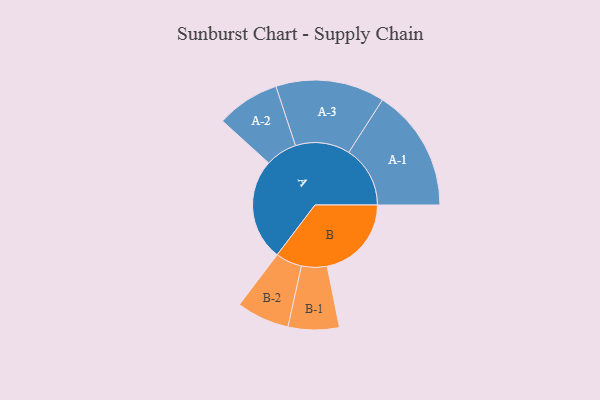
{"axis": {"x": "Segment", "y": "Value"}, "legend": ["", "A", "B"], "data": [{"x": "A", "y": 431, "type": ""}, {"x": "B", "y": 357, "type": ""}, {"x": "A-1", "y": 260, "type": "A"}, {"x": "A-2", "y": 134, "type": "A"}, {"x": "A-3", "y": 231, "type": "A"}, {"x": "B-1", "y": 108, "type": "B"}, {"x": "B-2", "y": 112, "type": "B"}]}